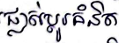
ផ្លាស់ប្តូរគំនិត